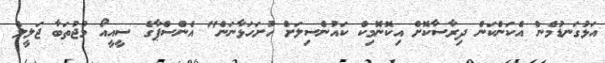
އަޅުގަނޑުމެން އެކަންކަން ދިރާސާކޮށް އިކޮނޮމިކް ކައުންސިލަށް ހުށަހަޅާނަން" އެންސްޕާގެ ސީއީއޯ މުޖުތަބާ ޖަލީލް